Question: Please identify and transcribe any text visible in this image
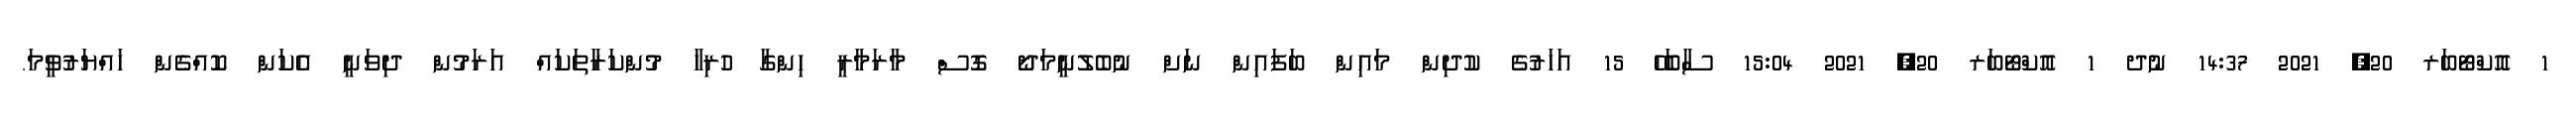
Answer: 1 އޮކްޓޯބަރ 20, 2021 14:37 ނުދ 1 އޮކްޓޯބަރ 20, 2021 15:04 ސާބަހޭ 15 އަހަރުގެ ކުދިން މައިން ބަފައިން ނަށް ނުބެލުނީމަދޯ ގޮސް މާރަމާރީ ހިންގާ ހުރިހާ މުންކަރާތަކައް އަރަމުން ދިވަނީ އެކަން ކޮއްގެން ހައްޔަރުވީމަ.